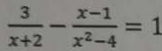
\frac { 3 } { x + 2 } - \frac { x - 1 } { x ^ { 2 } - 4 } = 1